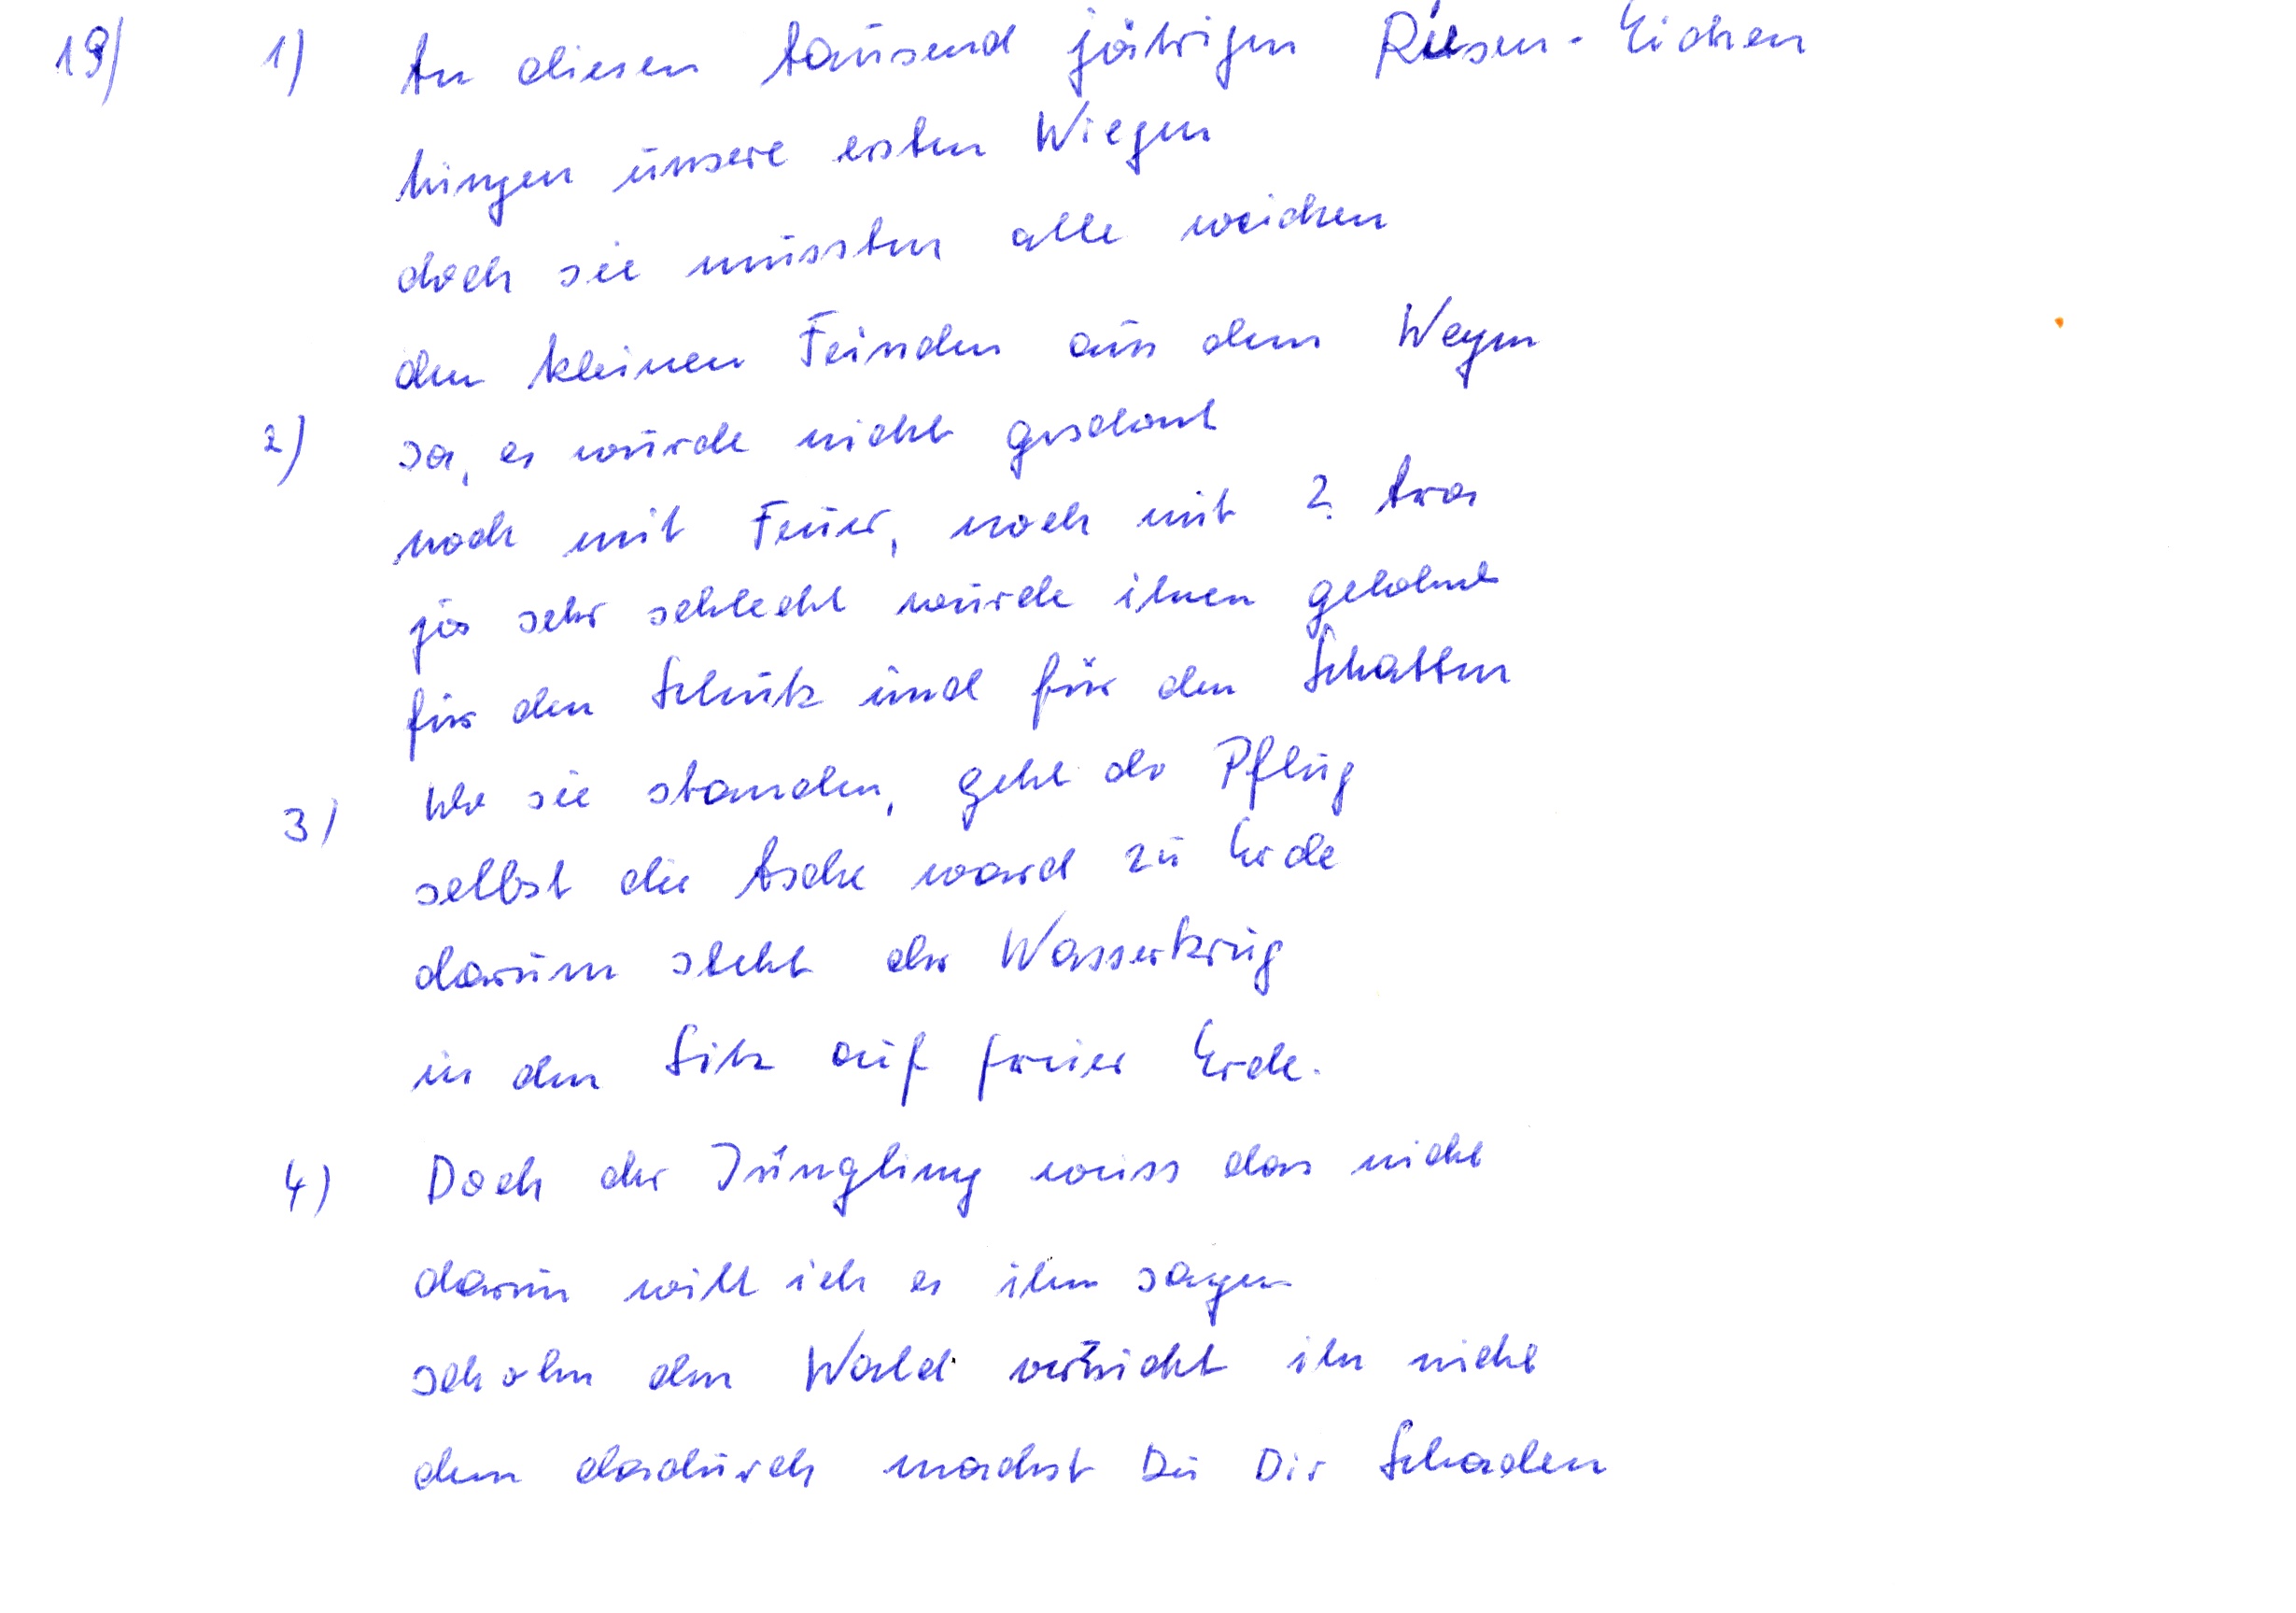
1) An diesen tausend jährigen Riesen Eichen
hingen unsere ersten Wiegen
doch sie mussten alle weichen
den kleinen Feinden aus dem Wegen
2) ja, er wurde nicht geschont
noch mit Feuer, noch mit ? Axos
ja sehr schlecht wurde ihnen gelohnt
für den Schutz und für den Schatten
3) Wo sie standen, geht der Pflug
selbst die Asche ward zu Erde
darum steht der Wasserkrug
in dem Sitz auf freier Erde
4) Doch der Jüngling weiss das nicht
darum will ich es ihm sagen
schohn den Wald vernicht ihn nicht
dem dadurch nachst Du Dir Schaden